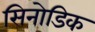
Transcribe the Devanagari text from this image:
सिनोडिक